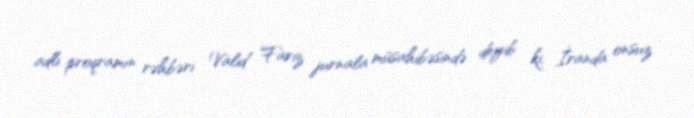
adlı proqramın rəhbəri Valid Fariz jurnala müsahibəsində deyib ki, İranda onsuz